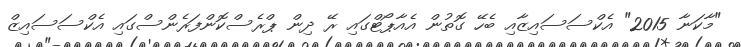
"މާކަނާ 2015" އެކްސަސައިޒާއި ބެހޭ ގޮތުން އެއާޕޯޓްގައި ރޭ ދިން ޕްރެސްކޮންފަރެންސްގައި އެކްސަސައިޒް